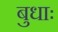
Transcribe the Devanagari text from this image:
बुधाः